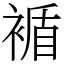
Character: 䙉